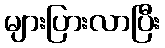
များပြားလာပြီး